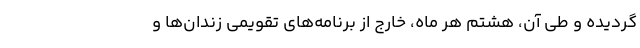
گردیده و طی آن، هشتم هر ماه، خارج از برنامه‌های تقویمی زندان‌ها و